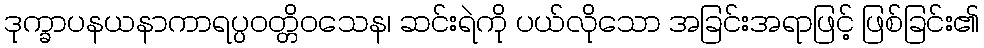
ဒုက္ခာပနယနာကာရပ္ပဝတ္တိဝသေန၊ ဆင်းရဲကို ပယ်လိုသော အခြင်းအရာဖြင့် ဖြစ်ခြင်း၏